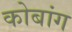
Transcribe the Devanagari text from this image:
कोबांग